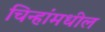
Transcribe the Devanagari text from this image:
चिन्हांमधील